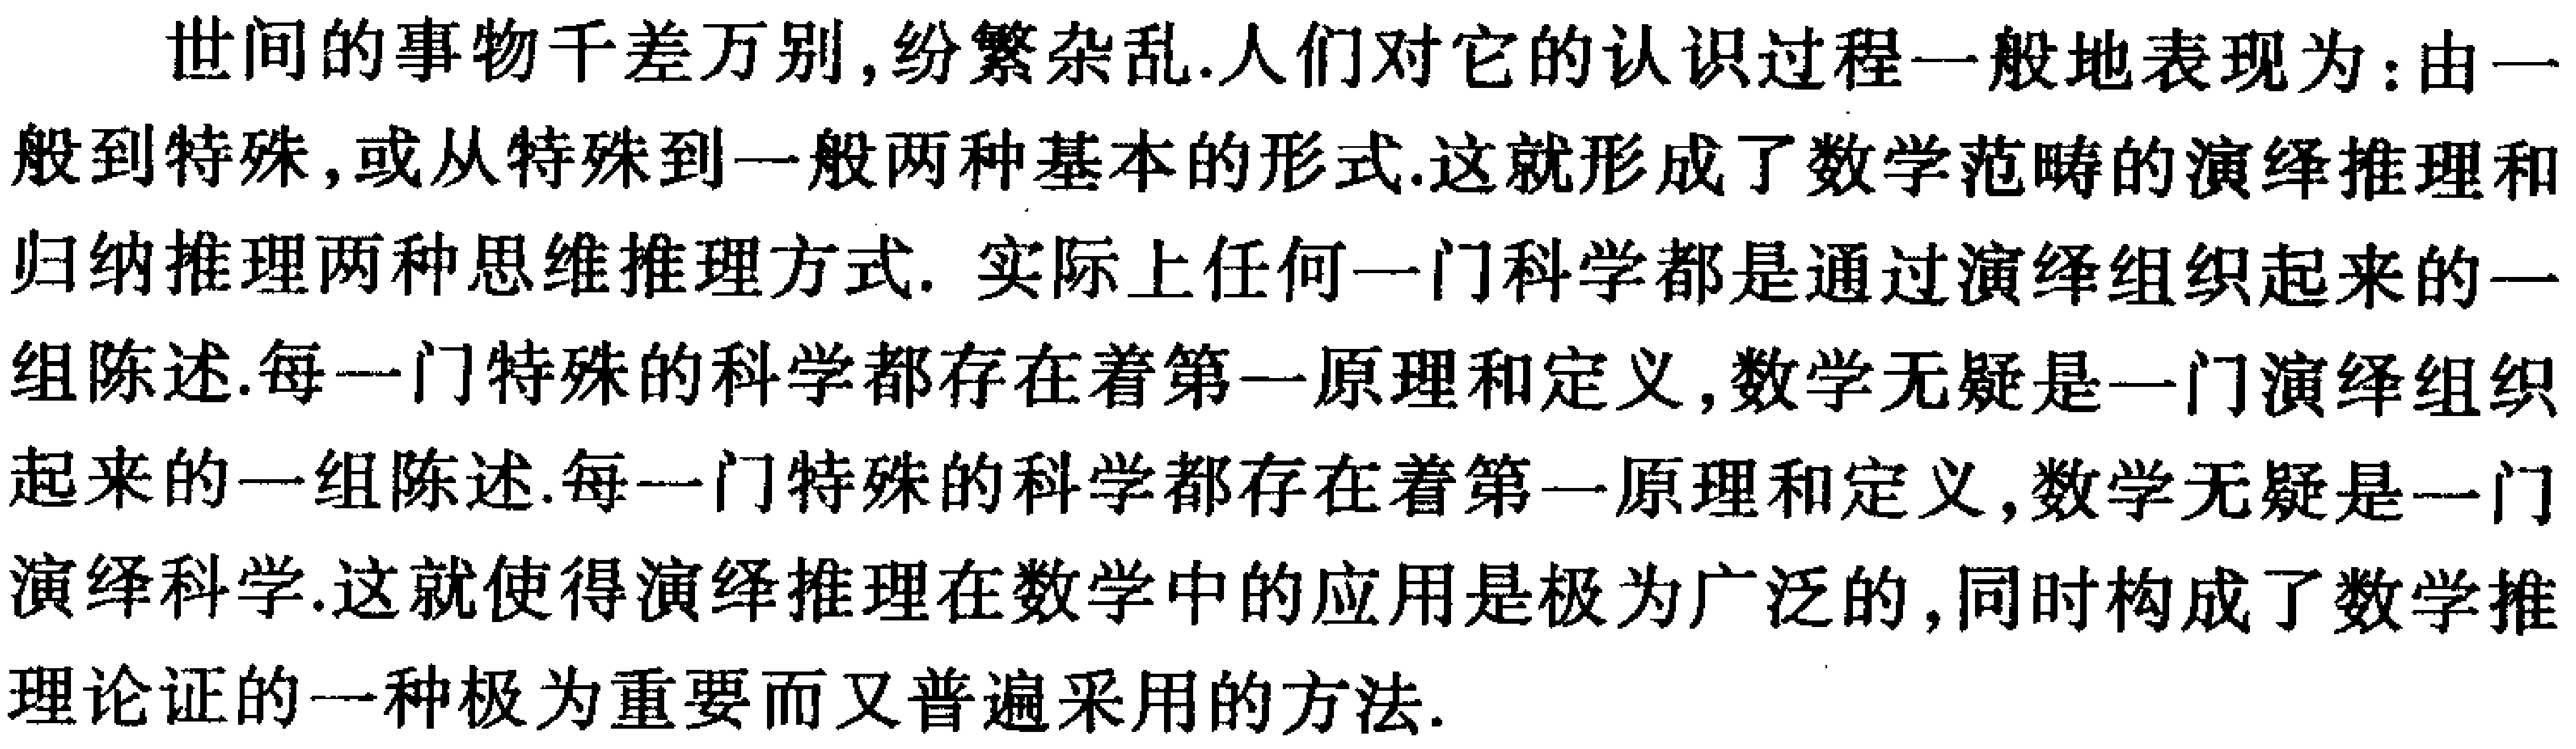
世间的事物千差万别,纷繁杂乱.人们对它的认识过程一般地表现为：由一般到特殊,或从特殊到一般两种基本的形式.这就形成了数学范畴的演绎推理和归纳推理两种思维推理方式. 实际上任何一门科学都是通过演绎组织起来的一组陈述.每一门特殊的科学都存在着第一原理和定义,数学无疑是一门演绎组织起来的一组陈述.每一门特殊的科学都存在着第一原理和定义,数学无疑是一门演绎科学.这就使得演绎推理在数学中的应用是极为广泛的,同时构成了数学推理论证的一种极为重要而又普遍采用的方法.